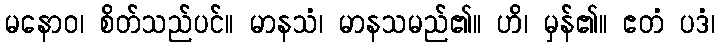
မနောဝ၊ စိတ်သည်ပင်။ မာနသံ၊ မာနသမည်၏။ ဟိ၊ မှန်၏။ ဧတံ ပဒံ၊